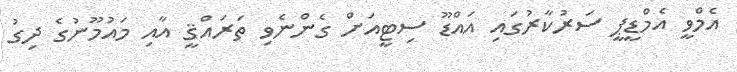
އެމްވީ އެމްޑީޕީ ސަރުކާރުގައި އައްޑޫ ސިޓީއަށް ގެންނެވި ތަރައްޤީ އާއި މައުމޫނުގެ ދިގު